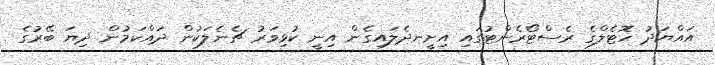
އައްޔަދު ހޮޓެލްގެ ރެސްޓޯރެންޓުގައި އިށީނދެލައިގެން އިނީ ކުޅިވަރު ޗެނެލަކުން ދައްކަމުން ދިޔަ ބޭރުގެ